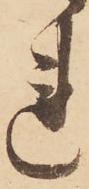
れ